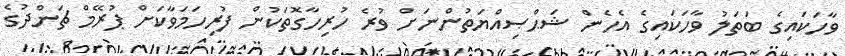
ވާހަކައިގެ ބަތަލު ވާހަކައިގެ އެހެން ޝަޙްޞިއްޔަތުންނަށް ވުރެ ހުރިހާގޮތަކުން ފުރިހަމަވާކަށް ޕުރޭމް ޗަންދުގެ